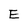
Character: E